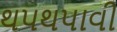
થપથપાવી